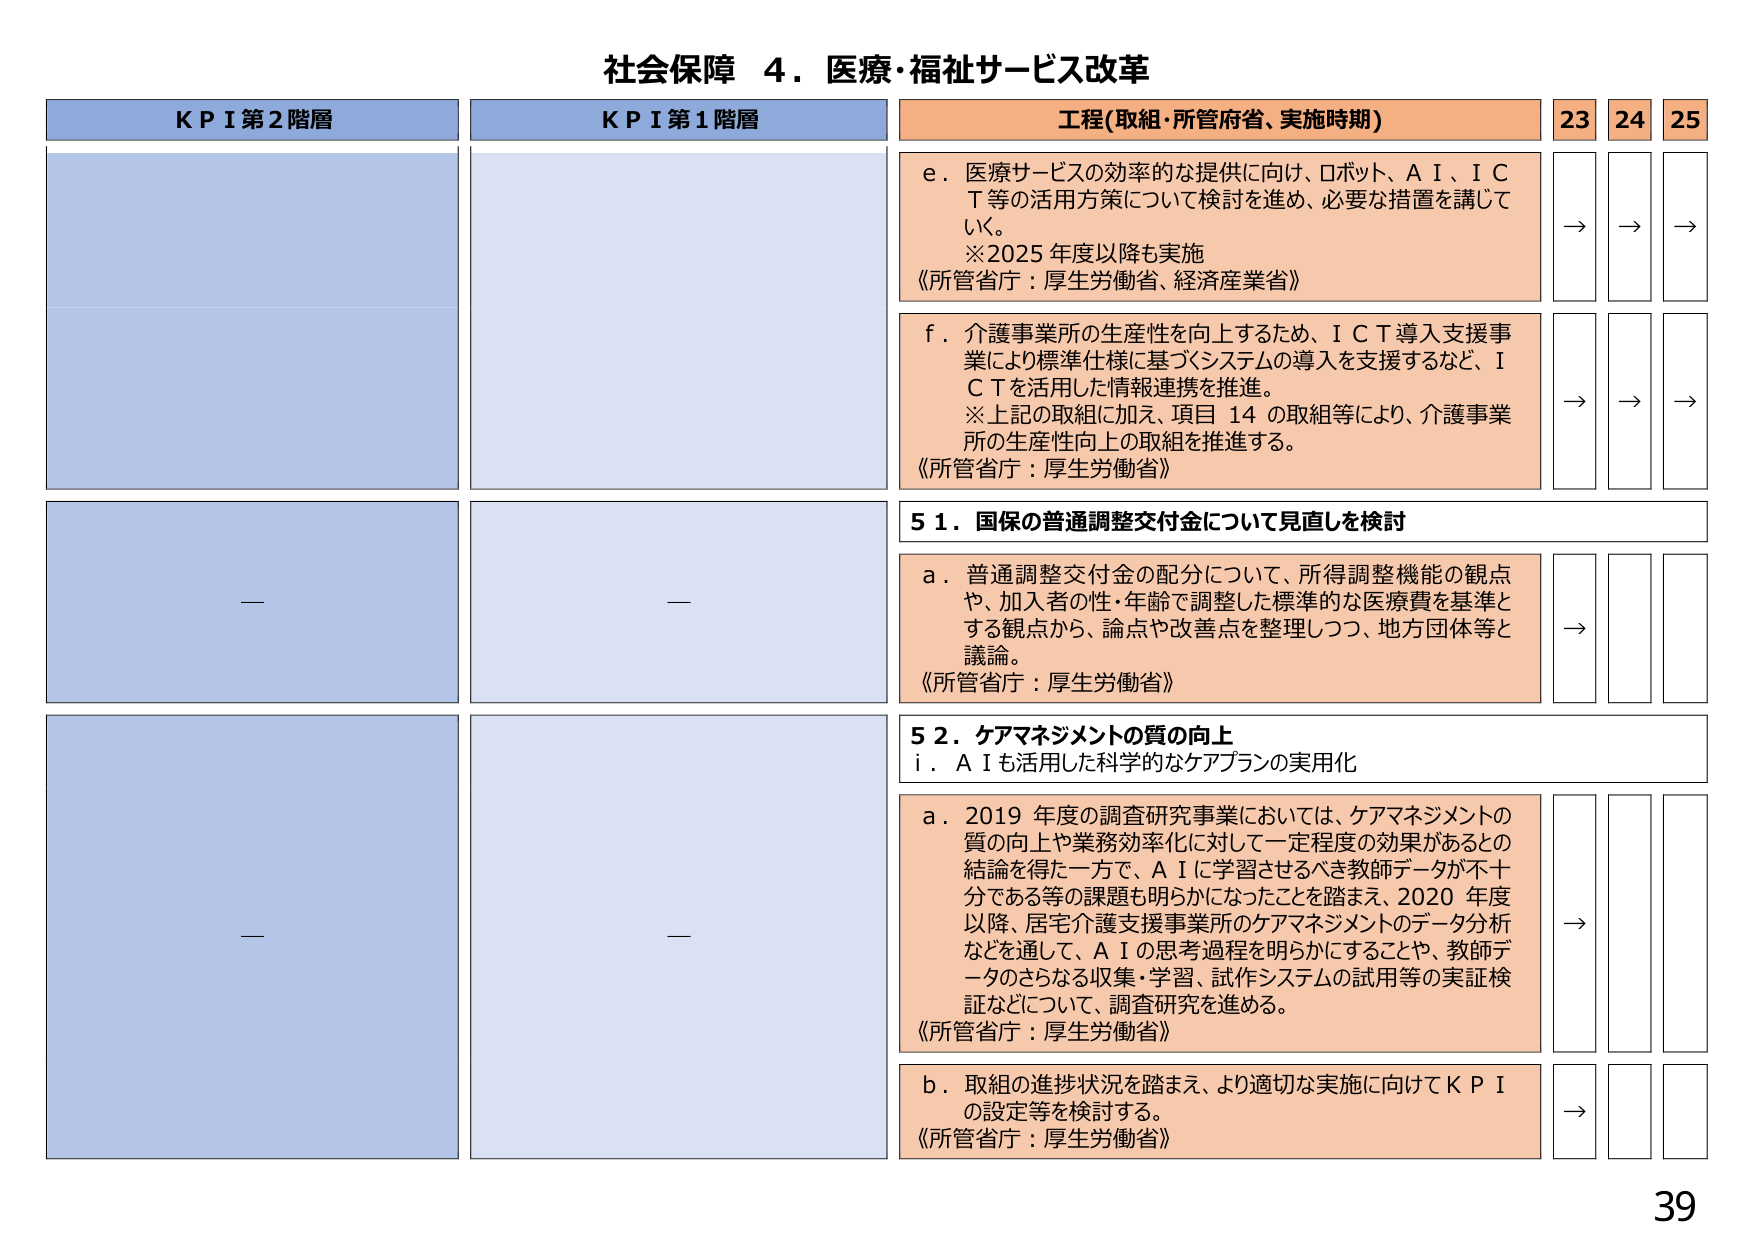
社会保障 ４．医療・福祉サービス改革

ＫＰＩ第２階層
ＫＰＩ第１階層
工程(取組・所管府省、実施時期)
23 24 25

ｅ．医療サービスの効率的な提供に向け、ロボット、ＡＩ、ＩＣＴ等の活用方策について検討を進め、必要な措置を講じていく。
※2025年度以降も実施
《所管省庁：厚生労働省、経済産業省》
→ → →

ｆ．介護事業所の生産性を向上するため、ＩＣＴ導入支援事業により標準仕様に基づくシステムの導入を支援するなど、ＩＣＴを活用した情報連携を推進。
※上記の取組に加え、項目14の取組等により、介護事業所の生産性向上の取組を推進する。
《所管省庁：厚生労働省》
→ → →

５１．国保の普通調整交付金について見直しを検討

ａ．普通調整交付金の配分について、所得調整機能の観点や、加入者の性・年齢で調整した標準的な医療費を基準とする観点から、論点や改善点を整理しつつ、地方団体等と議論。
《所管省庁：厚生労働省》
→

５２．ケアマネジメントの質の向上

ｉ．ＡＩも活用した科学的なケアプランの実用化

ａ．2019年度の調査研究事業においては、ケアマネジメントの質の向上や業務効率化に対して一定程度の効果があるとの結論を得た一方で、ＡＩに学習させるべき教師データが不十分である等の課題も明らかになったことを踏まえ、2020年度以降、居宅介護支援事業所のケアマネジメントのデータ分析などを通して、ＡＩの思考過程を明らかにすることや、教師データのさらなる収集・学習、試作システムの試用等の実証検証などについて、調査研究を進める。
《所管省庁：厚生労働省》
→

ｂ．取組の進捗状況を踏まえ、より適切な実施に向けてＫＰＩの設定等を検討する。
《所管省庁：厚生労働省》
→

39